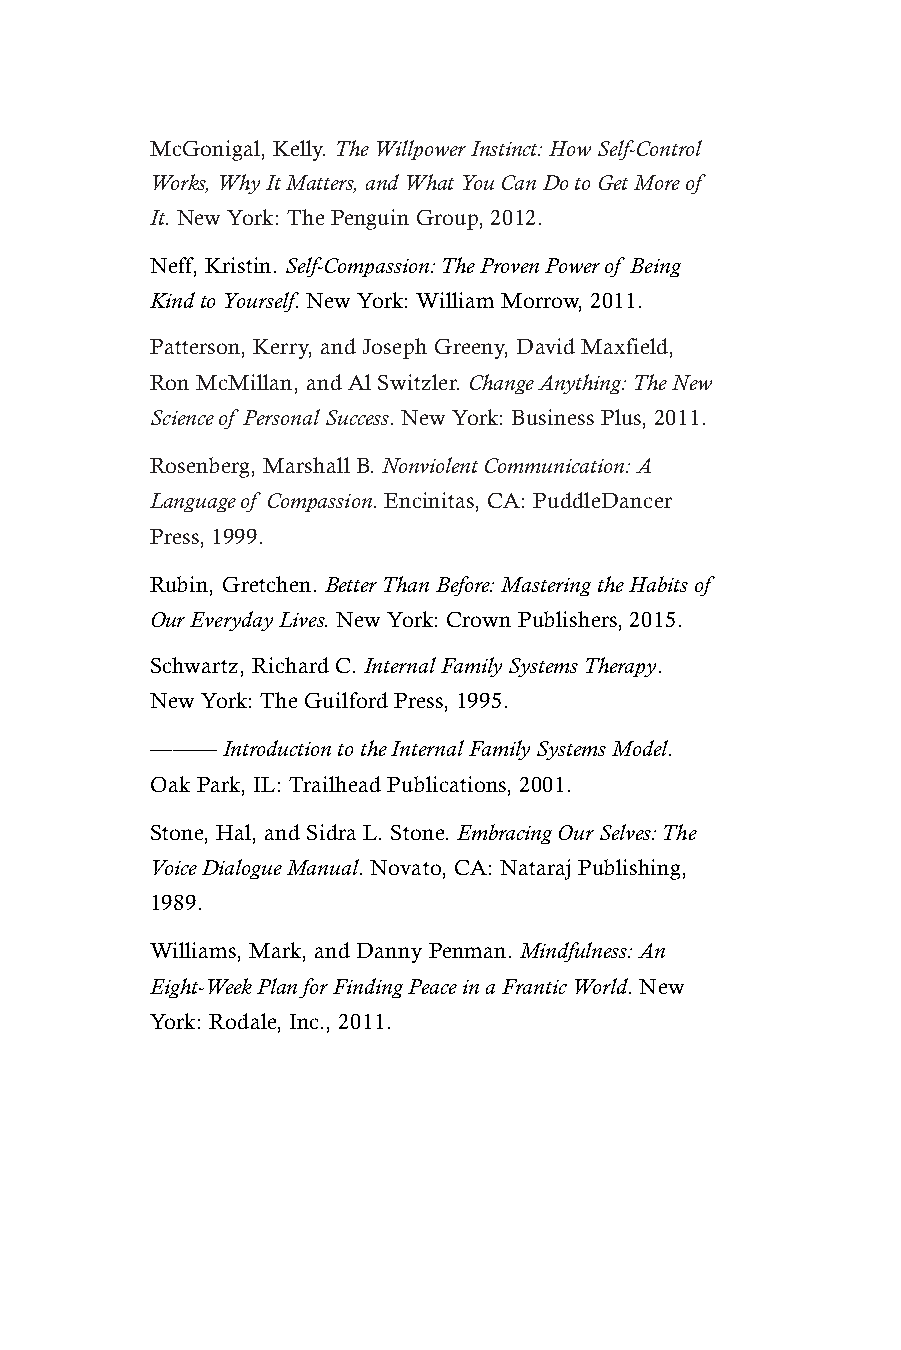
McGonigal, Kelly. The Willpower Instinct: How Self-Control
 Works, Why It Matters, and What You Can Do to Get More of
 It. New York: The Penguin Group, 2012.
 Neff, Kristin. Self-Compassion: The Proven Power of Being
 Kind to Yourself. New York: William Morrow, 2011.
 Patterson, Kerry, and Joseph Greeny, David Maxfield,
 Ron McMillan, and Al Switzler. Change Anything: The New
 Science of Personal Success. New York: Business Plus, 2011.
 Rosenberg, Marshall B. Nonviolent Communication: A
 Language of Compassion. Encinitas, CA: PuddleDancer
 Press, 1999.
 Rubin, Gretchen. Better Than Before: Mastering the Habits of
 Our Everyday Lives. New York: Crown Publishers, 2015.
 Schwartz, Richard C. Internal Family Systems Therapy.
 New York: The Guilford Press, 1995.
 ———  Introduction to the Internal Family Systems Model.
 Oak Park, IL: Trailhead Publications, 2001.
 Stone, Hal, and Sidra L. Stone. Embracing Our Selves: The
 Voice Dialogue Manual. Novato, CA: Nataraj Publishing,
 1989.
 Williams, Mark, and Danny Penman. Mindfulness: An
 Eight-Week Plan for Finding Peace in a Frantic World. New
 York: Rodale, Inc., 2011.